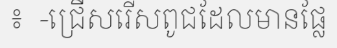
៖  -ជ្រើសរើសពូជដែលមានផ្លែ